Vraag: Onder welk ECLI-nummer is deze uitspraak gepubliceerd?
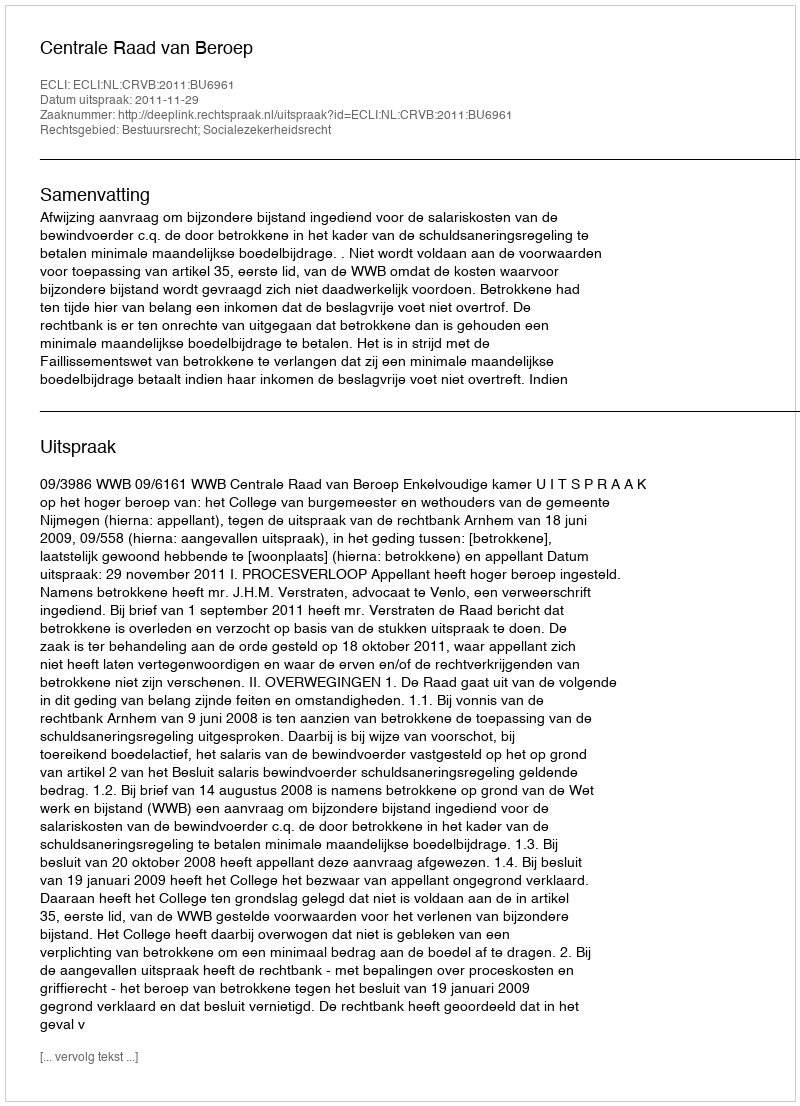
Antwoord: ECLI:NL:CRVB:2011:BU6961